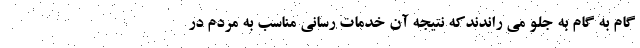
گام به گام به جلو می راندندکه نتیجه آن خدمات رسانی مناسب به مردم در